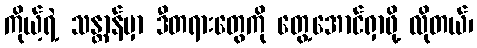
ကိုယ့်ရဲ့ သန္တာန်မှာ ဒီတရားတွေကို တွေ့အောင်ရှာဖို့ လိုတယ်၊